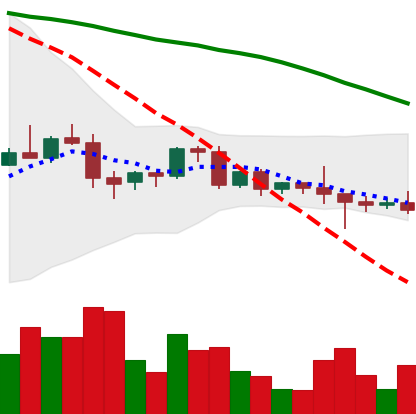
Ticker: BNB-USD
Chart end date: 2022-06-10
Forward return: -18.406%
Label: down_7plus